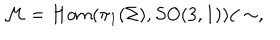
{ \cal M } = H o m ( \pi _ { 1 } ( \Sigma ) , S O ( 3 , 1 ) ) / \sim ,